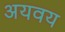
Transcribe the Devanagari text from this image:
अयवय